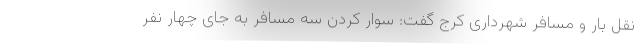
نقل بار و مسافر شهرداری کرج گفت: سوار کردن سه مسافر به جای چهار نفر